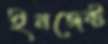
ইনজেক্ট